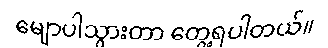
မျောပါသွားတာ တွေ့ရပါတယ်။